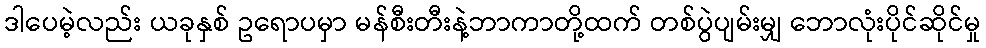
ဒါပေမဲ့လည်း ယခုနှစ် ဥရောပမှာ မန်စီးတီးနဲ့ဘာကာတို့ထက် တစ်ပွဲပျမ်းမျှ ဘောလုံးပိုင်ဆိုင်မှု